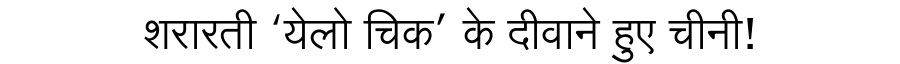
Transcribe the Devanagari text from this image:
शरारती ‘येलो चिक’ के दीवाने हुए चीनी!